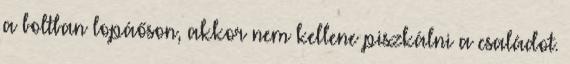
a boltban lopáőson, akkor nem kellene piszkálni a családot.